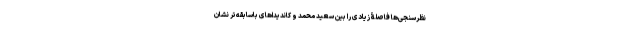
نظرسنجی‌ها فاصلۀ زیادی را بین سعید محمد و کاندیداهای باسابقه‌تر نشان